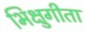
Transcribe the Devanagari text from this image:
भिक्षुगीता